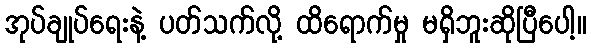
အုပ်ချုပ်ရေးနဲ့ ပတ်သက်လို့ ထိရောက်မှု မရှိဘူးဆိုပြီပေါ့။